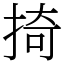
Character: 掎